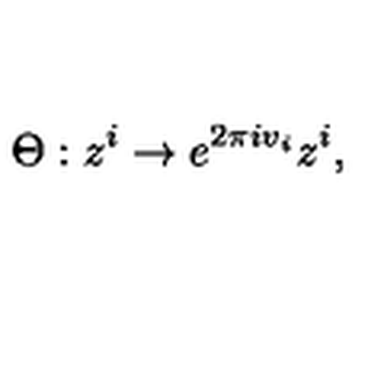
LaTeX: \Theta : z ^ { i } \rightarrow e ^ { 2 \pi i v _ { i } } z ^ { i } ,